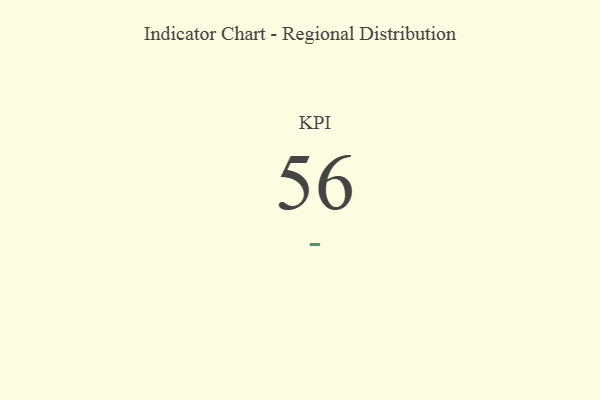
{"axis": {"x": "KPI", "y": "Value"}, "legend": [""], "data": [{"x": "KPI", "y": 56, "type": ""}]}